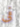
فى